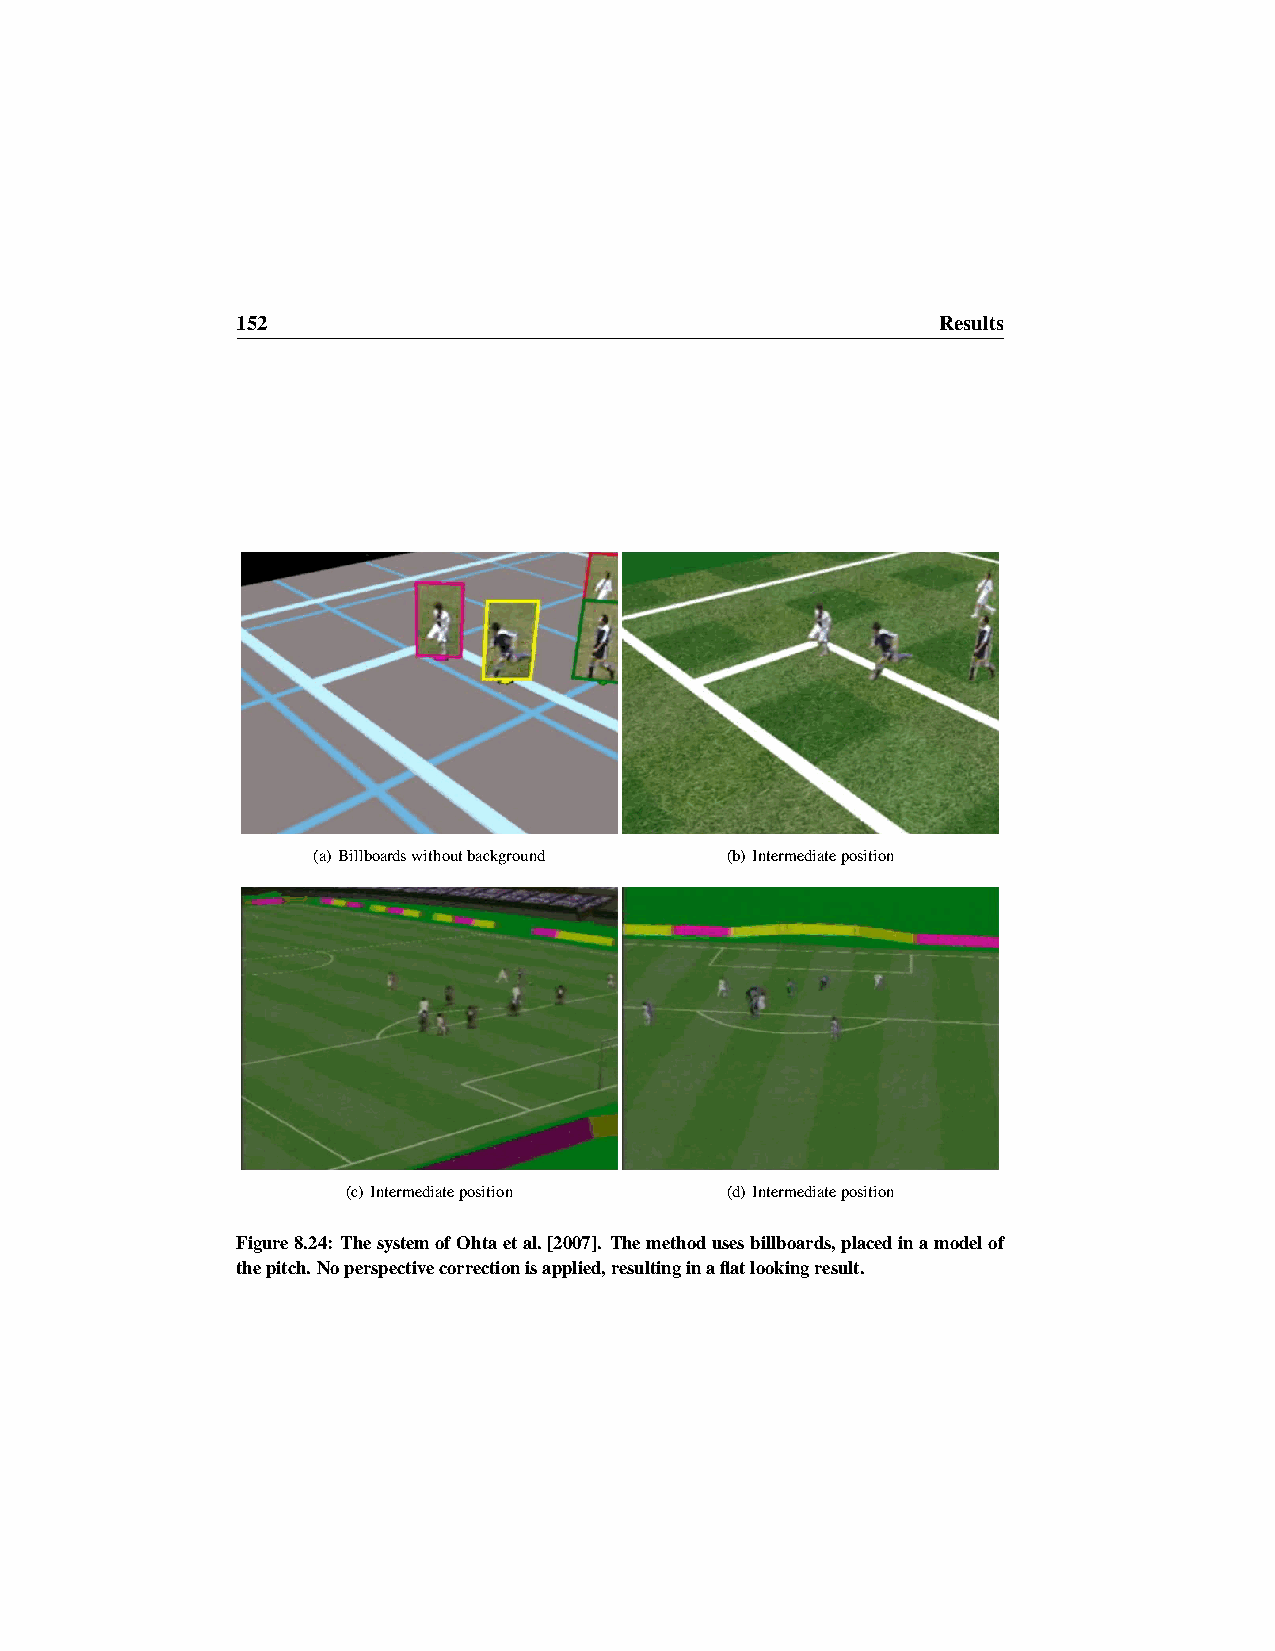
152                                           Results
 (a) Billboardswithoutbackground (b) Intermediateposition
 (c) Intermediateposition (d) Intermediateposition
 Figure8.24: ThesystemofOhtaetal.[2007]. Themethodusesbillboards,placedinamodelof
 thepitch.Noperspectivecorrectionisapplied,resultinginaflatlookingresult.